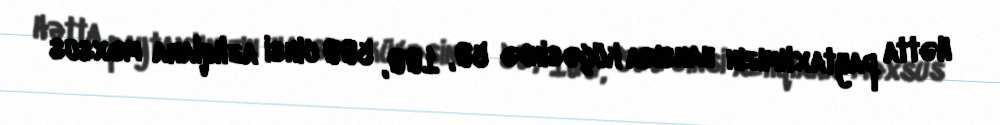
Hətta paytaxtımızın hansısa küçəsində 50, 100, 500 cinsi azlıqlara məxsus